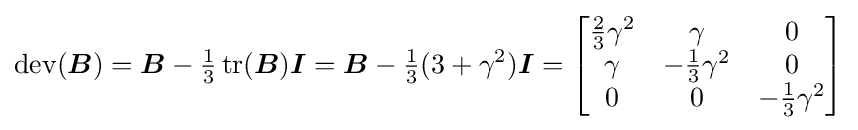
\operatorname {dev} ({\boldsymbol {B}})={\boldsymbol {B}}-{\tfrac {1}{3}}\operatorname {tr} ({\boldsymbol {B}}){\boldsymbol {I}}={\boldsymbol {B}}-{\tfrac {1}{3}}(3+\gamma ^{2}){\boldsymbol {I}}={\begin{bmatrix}{\tfrac {2}{3}}\gamma ^{2}&\gamma &0\\\gamma &-{\tfrac {1}{3}}\gamma ^{2}&0\\0&0&-{\tfrac {1}{3}}\gamma ^{2}\end{bmatrix}}